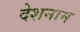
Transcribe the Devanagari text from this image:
देशनाम